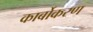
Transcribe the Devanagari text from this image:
कार्बोकरण